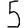
Digit: 5